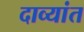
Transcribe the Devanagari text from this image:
दाव्यांत